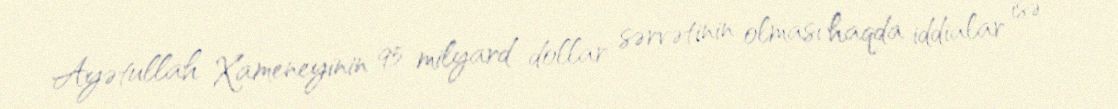
Ayətullah Xameneyinin 95 milyard dollar sərvətinin olması haqda iddialar isə